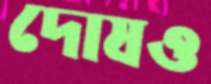
দোষও